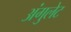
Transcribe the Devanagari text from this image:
अंगुलेट